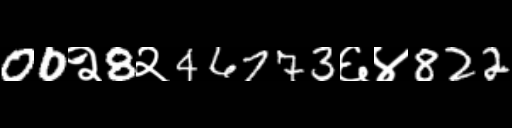
Text: 00२8२46773६४822